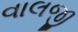
વાલજી